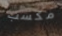
مكسب